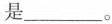
是___。